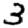
Digit: 3